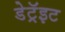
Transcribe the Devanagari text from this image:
डेट्रॅइट